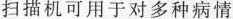
扫描机可用于对多种病情